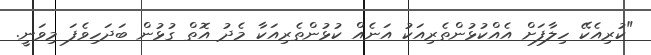
"ކުރިއެކޭ ހިލާފަށް އެއްކުޅުންތެރިއަކު އަނެއް ކުޅުންތެރިއަކާ މެދު އޮތް ގުޅުން ބަދަހިވެފަ މިވަނީ.